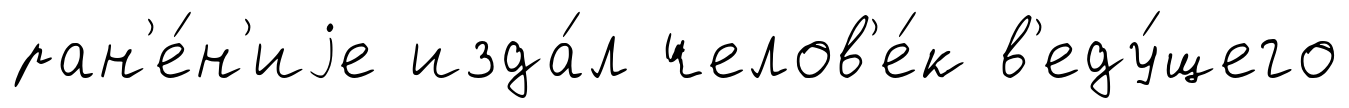
ран'е́н'иjе изда́л челов'е́к в'еду́щего